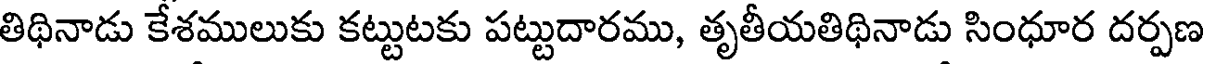
తిథినాడు కేశములుకు కట్టుటకు పట్టుదారము, తృతీయతిథినాడు సింధూర దర్పణ